Indian Medical Review
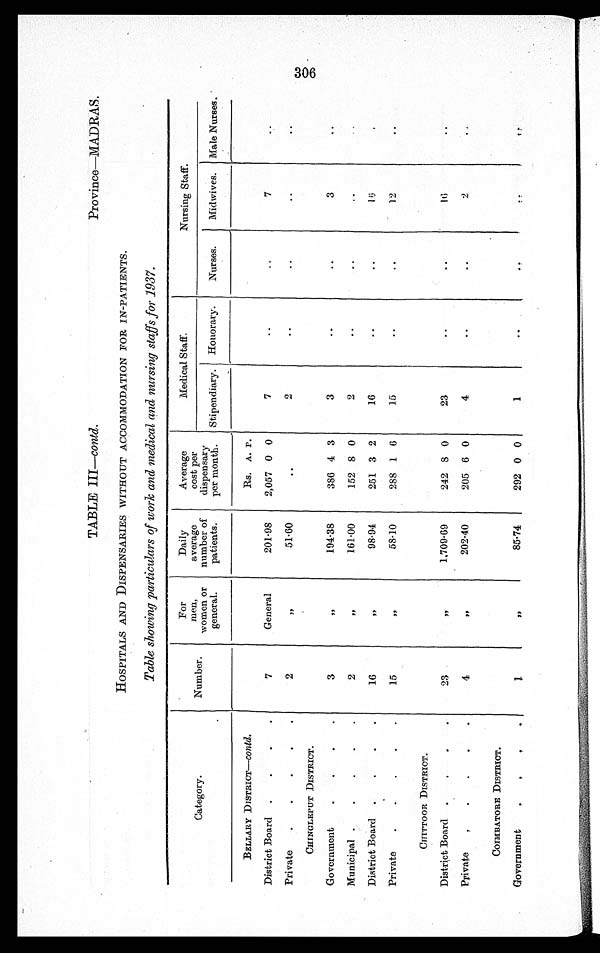
TABLE III—contd.
Province—MADRAS.
HOSPITALS AND DISPENSARIES WITHOUT ACCOMMODATION FOR IN-PATIENTS.
Table showing particulars of work and medical and nursing staffs for 1937.
Category.
Number.
For
men,
women or
general.
Daily
average
number of
patients.
Average
cost per
dispensary
per month.
Medical Staff.
Nursing Staff.
Stipendiary. Honorary.
Nurses.
Midwives. Male Nurses.
BELLARY DISTRICT—contd.
Rs. A. P.
District Board
7
General
201.98
2,057 0 0
7
..
..
7
..
Private
2
"
51.60
..
2
. .
..
..
. .
CHINGLEPUT DISTRICT.
Government
3
„
194.38
386 4 3
3
. .
. .
3
. .
Municipal
2
„
161.00
152 8 0
2
. .
. .
. .
..
District Board
16
"
98.94
251 3 2
16
. .
. .
1 6
..
Private
15
„
58.10
288 1 6
15
. .
. .
12
. .
CHITTOOR DISTRICT.
District Board
23
„
1,709.69
242 8 0
23
. .
. .
1 6
. .
Private
4
„
202.40
205 6 0
4
. .
. .
2
..
COIMBATORE DISTRICT.
Government
1
"
85.74
292 0 0
1
. .
. .
. .
. .